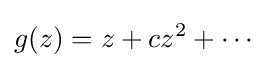
g(z)=z+cz^{2}+\cdots